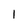
Character: 1